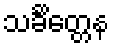
သင်္ခိတ္တေန